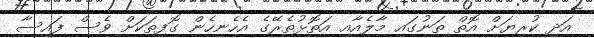
އަދި ކުރިޔަށް އޮތް ތަނުގައި މާލެއާއި އަތޮޅުތެރޭގެ އެހެނިހެން ގޮފިތަކަށް ވެސް ފައިސާ